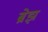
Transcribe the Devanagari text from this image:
ब्रेझ